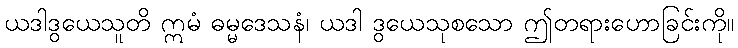
ယဒါဒွယေသူတိ ဣမံ ဓမ္မဒေသနံ၊ ယဒါ ဒွယေသုစသော ဤတရားဟောခြင်းကို။